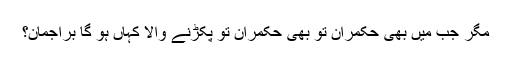
مگر جب میں بھی حکمران تو بھی حکمران تو پکڑنے والا کہاں ہو گا براجمان؟